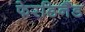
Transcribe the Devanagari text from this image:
फेरडिनैंड